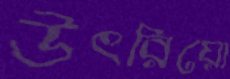
উৎরিয়ো